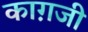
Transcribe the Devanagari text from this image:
काग़जी